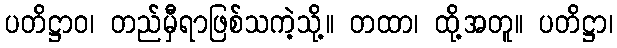
ပတိဋ္ဌာဝ၊ တည်မှီရာဖြစ်သကဲ့သို့။ တထာ၊ ထို့အတူ။ ပတိဋ္ဌာ၊